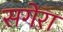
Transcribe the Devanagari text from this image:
सगेरा